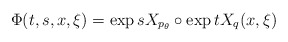
\begin{align*} \Phi(t,s,x,\xi) = \exp sX_{p_\theta} \circ \exp tX_{q}(x,\xi)\end{align*}